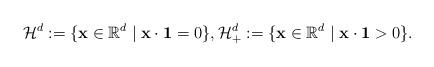
LaTeX: \begin{align*}\mathcal{H}^d := \{\mathbf{x} \in \mathbb{R}^d \mid\mathbf{x} \cdot \mathbf{1} = 0 \},\mathcal{H}_+^d := \{\mathbf{x} \in \mathbb{R}^d \mid\mathbf{x} \cdot \mathbf{1} > 0 \}.\end{align*}